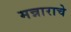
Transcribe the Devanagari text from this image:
मन्नाराचे